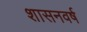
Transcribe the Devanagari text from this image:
शासनवर्ष